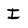
Character: I